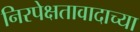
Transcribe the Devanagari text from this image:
निरपेक्षतावादाच्या